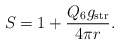
\begin{align*}S=1+\frac{Q_6g_{\rm str}}{4\pi r}.\end{align*}